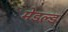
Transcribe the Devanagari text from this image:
मेडल्ड